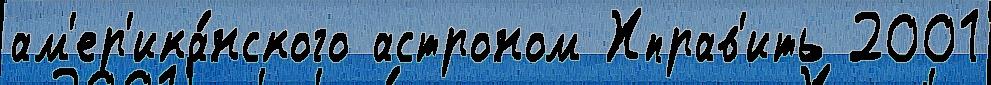
ам'ер'ика́нского астроном Хправ'ить 2001